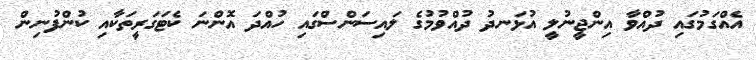
އެއްގަމުގައި ދުއްވާ އިންޖީނުލީ އުޅަނދު ދުއްވުމުގެ ލައިސަންސްގައި ހުއްދަ އޮންނަ ކެޓަގަރީތަކާއި ކުންފުނިން